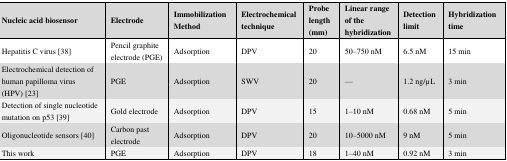
<table><thead><tr><td><b>Nucleic acid biosensor</b></td><td><b>Electrode</b></td><td><b>Immobilization Method</b></td><td><b>Electrochemical technique</b></td><td><b>Probe length (mm)</b></td><td><b>Linear range of the hybridization</b></td><td><b>Detection limit</b></td><td><b>Hybridization time</b></td></tr></thead><tbody><tr><td>Hepatitis C virus [38]</td><td>Pencil graphite electrode (PGE)</td><td>Adsorption</td><td>DPV</td><td>20</td><td>50–750 nM</td><td>6.5 nM</td><td>15 min</td></tr><tr><td>Electrochemical detection of human papilloma virus (HPV) [23]</td><td>PGE</td><td>Adsorption</td><td>SWV</td><td>20</td><td>—</td><td>1.2 ng/μL</td><td>3 min</td></tr><tr><td>Detection of single nucleotide mutation on p53 [39]</td><td>Gold electrode</td><td>Adsorption</td><td>DPV</td><td>15</td><td>1–10 nM</td><td>0.68 nM</td><td>5 min</td></tr><tr><td>Oligonucleotide sensors [40]</td><td>Carbon past electrode</td><td>Adsorption</td><td>DPV</td><td>20</td><td>10–5000 nM</td><td>9 nM</td><td>5 min</td></tr><tr><td>This work</td><td>PGE</td><td>Adsorption</td><td>DPV</td><td>18</td><td>1–40 nM</td><td>0.92 nM</td><td>3 min</td></tr></tbody></table>